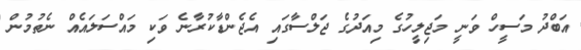
އަބްދު މަސީހް ވަނީ މަޖިލީހުގެ މިއަދުގެ ޖަލްސާގައި އެޖެންޑާކުރާނެ ވަކި މައްސަލައެއް ނެތުމުން